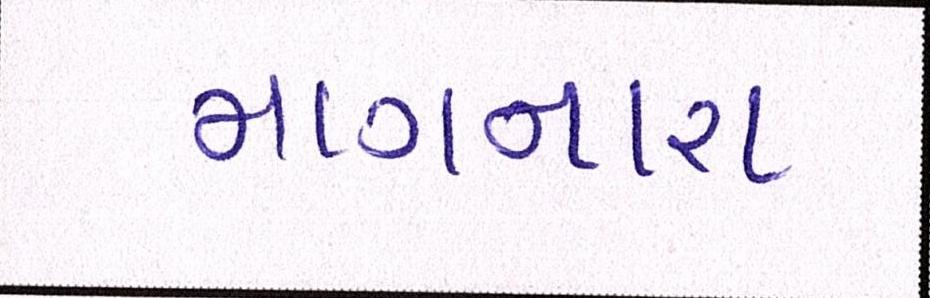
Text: માગનારા